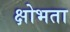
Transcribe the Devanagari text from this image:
क्षोभता